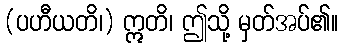
(ပဟီယတိ၊) ဣတိ၊ ဤသို့ မှတ်အပ်၏။